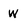
Character: W